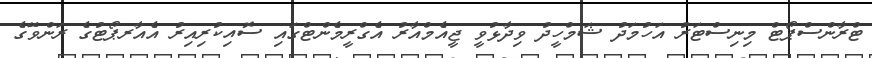
ޓްރާންސްޕޯޓް މިނިސްޓަރު އަހުމަދު ޝަމްހީދު ވިދާޅުވީ ޖީއެމްއާރު އެގްރީމެންޓްގައި ސޮއިކުރިއިރު އެއާރޕޯޓުގެ ރަންވޭގެ